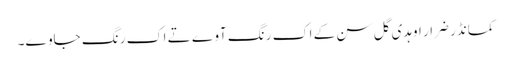
کمانڈر ضرار اوہدی گل سن کے اک رنگ آوے تے اک رنگ جاوے۔